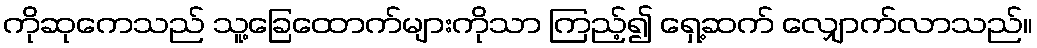
ကိုဆုကေသည် သူ့ခြေထောက်များကိုသာ ကြည့်၍ ရှေ့ဆက် လျှောက်လာသည်။